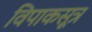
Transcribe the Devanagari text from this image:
विपाकसूत्र